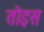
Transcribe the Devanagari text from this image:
तोइस